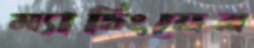
ম্যাচিংয়ের